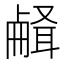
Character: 𰆉